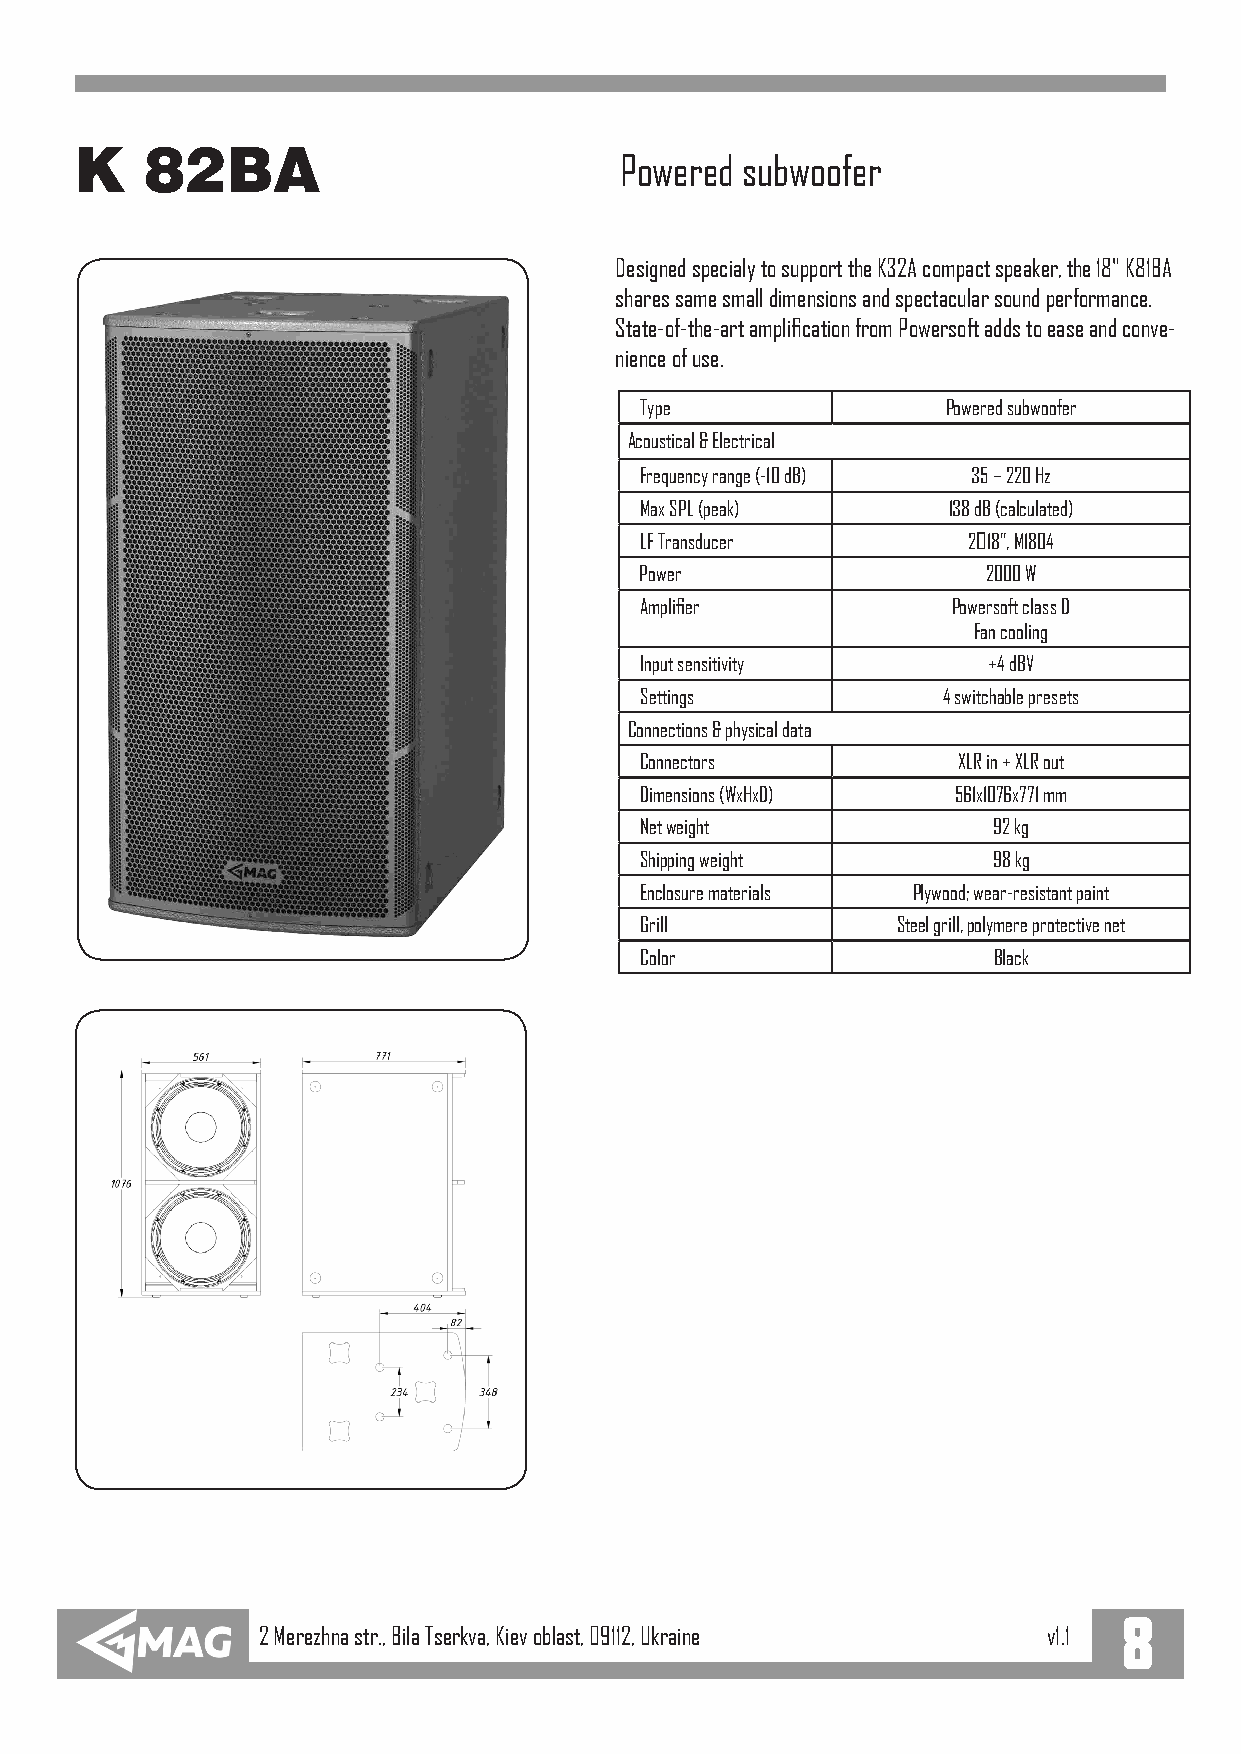
K    82BA
 Powered subwoofer
 Designed specialy to support the K32A compact speaker, the 18" K81BA
 shares same small dimensions and spectacular sound performance.
 State-of-the-art amplification from Powersoft adds to ease and conve-
 nience of use.
 Type                 Powered subwoofer
 Acoustical & Electrical
 Frequency range (-10 dB) 35 – 220 Hz
 Max SPL (peak)       138 dB (calculated)
 LF Transducer         2х18”, M1804
 Power                  2000 W
 Amplifier            Powersoft class D
 Fan cooling
 Input sensitivity      +4 dBV
 Settings            4 switchable presets
 Connections & physical data
 Connectors           XLR in + XLR out
 Dimensions (WxHxD)   561x1076x771 mm
 Net weight              92 kg
 Shipping weight         98 kg
 Enclosure materials Plywood; wear-resistant paint
 Grill            Steel grill, polymere protective net
 Color                   Black
 8
 2 Merezhna str., Bila Tserkva, Kiev oblast, 09112, Ukraine v1.1